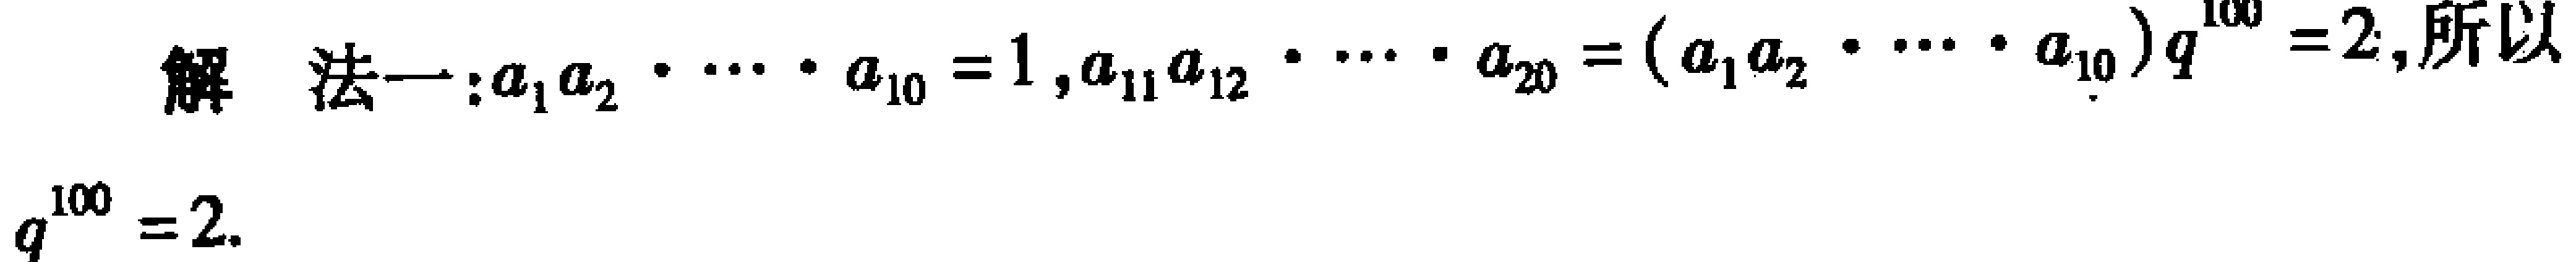
解 法一:$a_{1}a_{2}\cdots a_{10}=1,a_{11}a_{12}\cdots a_{20}=(a_{1}a_{2}\cdots a_{10})q^{100}=2$,所以

$q^{100}=2$.